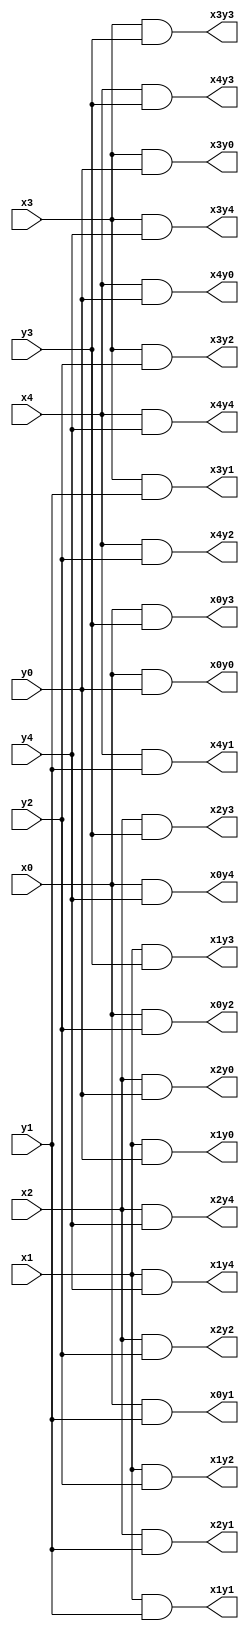
module And_combination_5(x0,x1,x2,x3,x4,y0,y1,y2,y3,y4,
	x0y4,x0y3,x0y2,x0y1,x0y0,
	x1y4,x1y3,x1y2,x1y1,x1y0,
	x2y4,x2y3,x2y2,x2y1,x2y0,
	x3y4,x3y3,x3y2,x3y1,x3y0,
	x4y4,x4y3,x4y2,x4y1,x4y0);
	input x0,x1,x2,x3,x4;
	input y0,y1,y2,y3,y4;
	output x0y4,x0y3,x0y2,x0y1,x0y0,
	x1y4,x1y3,x1y2,x1y1,x1y0,
	x2y4,x2y3,x2y2,x2y1,x2y0,
	x3y4,x3y3,x3y2,x3y1,x3y0,
	x4y4,x4y3,x4y2,x4y1,x4y0;
	and and1(x0y4,x0,y4);
	and and2(x0y3,x0,y3);
	and and3(x0y2,x0,y2);
	and and4(x0y1,x0,y1);
	and and5(x0y0,x0,y0);
	and and6(x1y4,x1,y4);
	and and7(x1y3,x1,y3);
	and and8(x1y2,x1,y2);
	and and9(x1y1,x1,y1);
	and and10(x1y0,x1,y0);
	and and11(x2y4,x2,y4);
	and and12(x2y3,x2,y3);
	and and13(x2y2,x2,y2);
	and and14(x2y1,x2,y1);
	and and15(x2y0,x2,y0);
	and and16(x3y4,x3,y4);
	and and17(x3y3,x3,y3);
	and and18(x3y2,x3,y2);
	and and19(x3y1,x3,y1);
	and and20(x3y0,x3,y0);
	and and21(x4y4,x4,y4);
	and and22(x4y3,x4,y3);
	and and23(x4y2,x4,y2);
	and and24(x4y1,x4,y1);
	and and25(x4y0,x4,y0);
endmodule